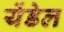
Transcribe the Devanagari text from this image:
येंडेल